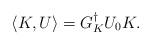
LaTeX: \begin{align*}\langle K, U \rangle = G^\dagger_KU_0K.\end{align*}